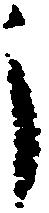
う